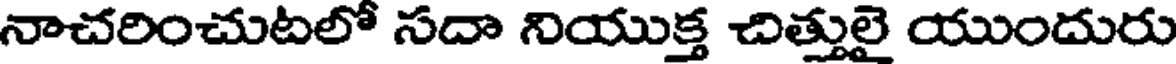
నాచరించుటలో సదా నియుక్త చిత్తులై యుందురు